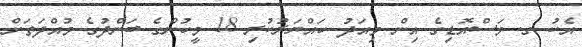
އެކު ގ. މަސްއޮޑިގެ އިން މިއަދު ހައްޔަރުކުރި 18 މީހުންގެ ބަންދުގެ މުއްދަތަށް